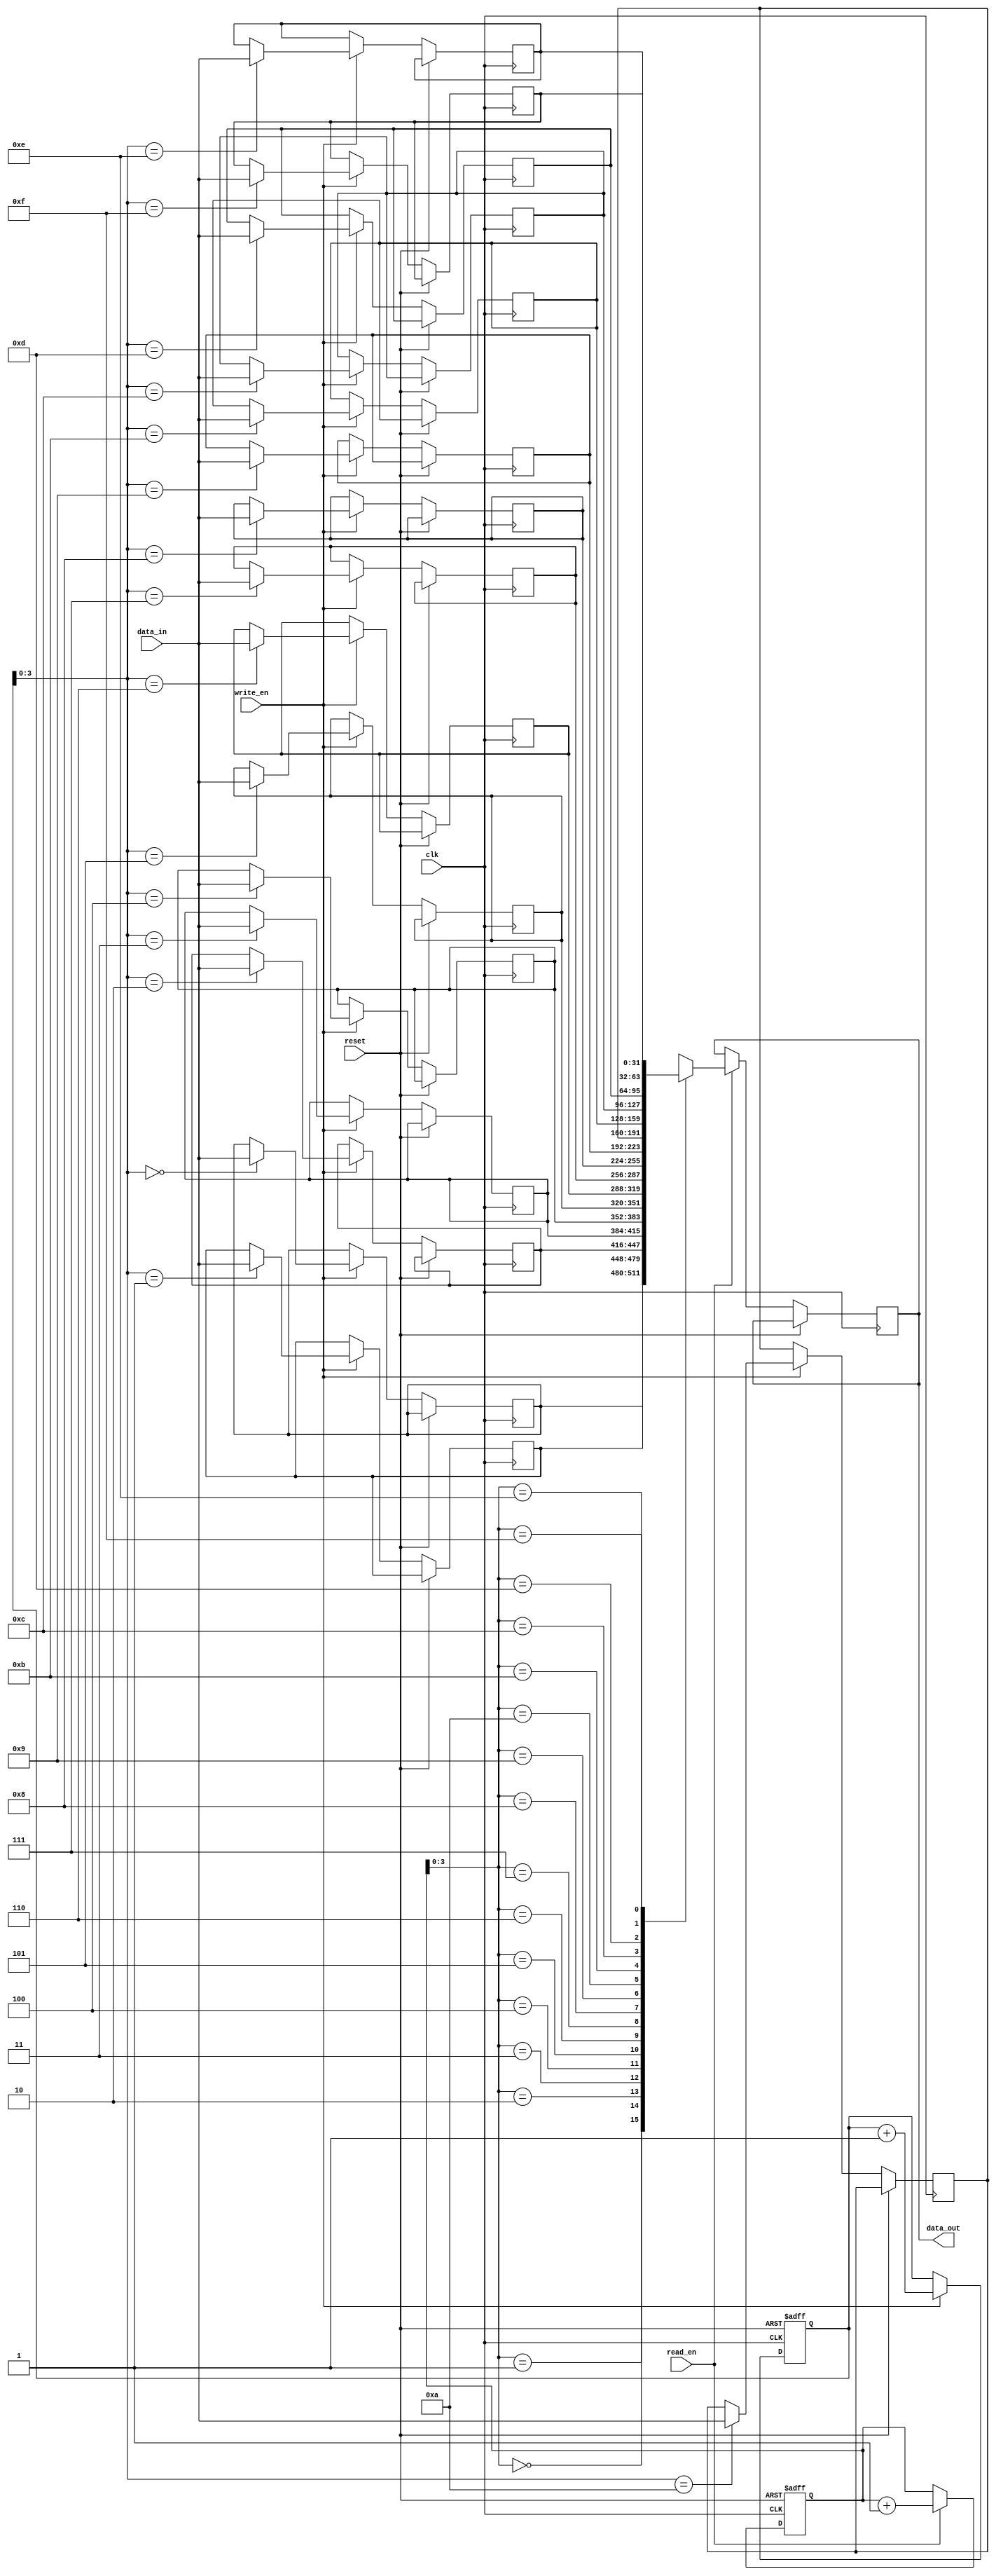
module fifo_buffer (
  input wire clk,
  input wire reset,
  input wire write_en,
  input wire read_en,
  input wire [31:0] data_in,
  output reg [31:0] data_out
);

parameter DEPTH = 16; // Depth of the FIFO buffer
reg [31:0] memory [DEPTH-1:0];
reg [4:0] write_ptr = 0;
reg [4:0] read_ptr = 0;

always @(posedge clk or posedge reset) begin
  if (reset) begin
    write_ptr <= 0;
    read_ptr <= 0;
  end else begin
    if (write_en) begin
      memory[write_ptr] <= data_in;
      write_ptr <= write_ptr + 1;
    end
    if (read_en) begin
      data_out <= memory[read_ptr];
      read_ptr <= read_ptr + 1;
    end
  end
end

endmodule